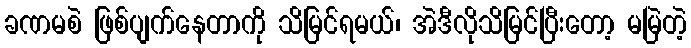
ခဏမစဲ ဖြစ်ပျက်နေတာကို သိမြင်ရမယ်၊ အဲဒီလိုသိမြင်ပြီးတော့ မမြဲတဲ့